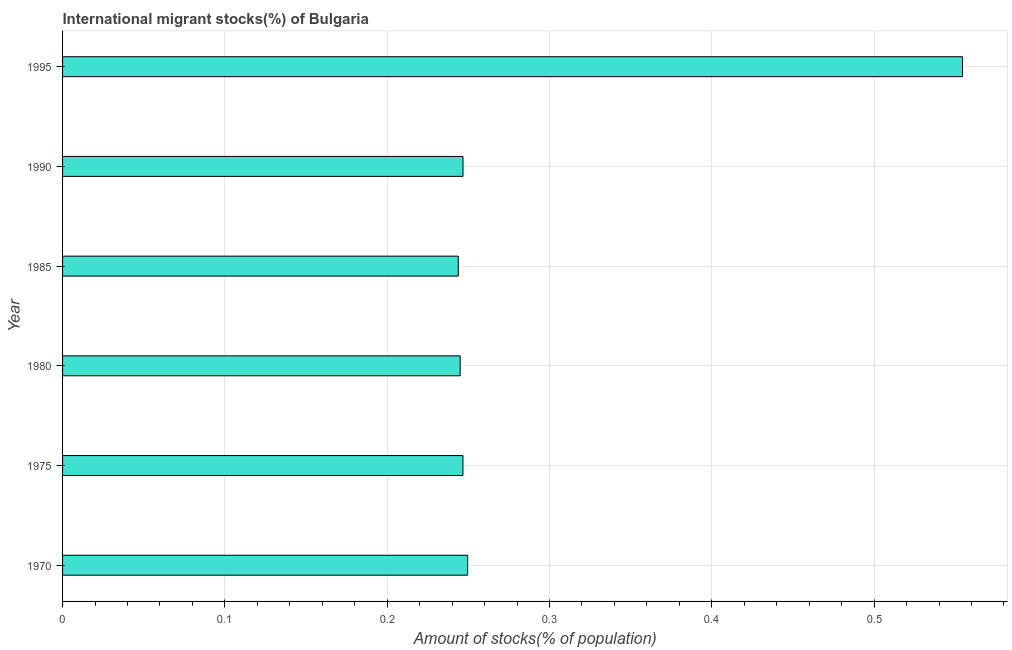
| Year | International migrant stock |
 | --- | --- |
 | 1970 | 0.25 |
 | 1975 | 0.247 |
 | 1980 | 0.245 |
 | 1985 | 0.244 |
 | 1990 | 0.247 |
 | 1995 | 0.554 |